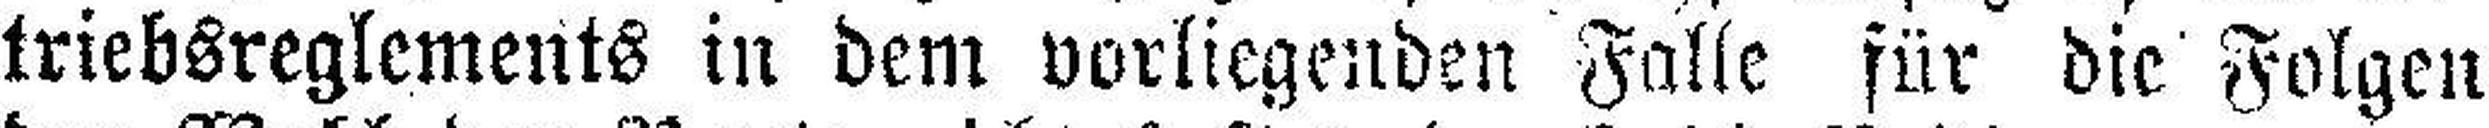
triebsreglements in dem vorliegenden Falle für die Folgen